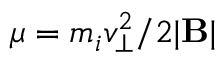
\mu = m _ { i } v _ { \perp } ^ { 2 } / 2 | \mathbf { B } |